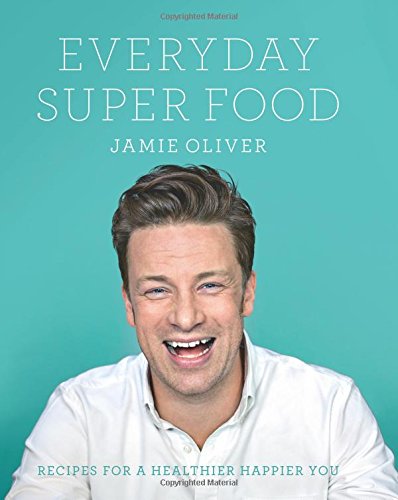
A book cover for Everyday Super Food; Jamie Oliver; Cookbooks, Food & Wine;